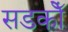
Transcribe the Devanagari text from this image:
सडकोँ